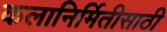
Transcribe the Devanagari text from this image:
कलानिर्मितीसाठी